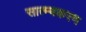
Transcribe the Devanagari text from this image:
सात्म्यकरण